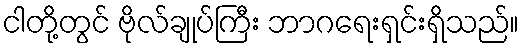
ငါတို့တွင် ဗိုလ်ချုပ်ကြီး ဘာဂရေးရှင်းရှိသည်။